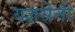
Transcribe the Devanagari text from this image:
यज्ञसेनी